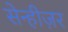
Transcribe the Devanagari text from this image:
सेन्हीज़र